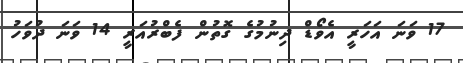
17 ވަނަ އަހަރީ އެވޯޑް ދިނުމުގެ ގޮތުން ފެބްރުއަރީ 14 ވަނަ ދުވަހު